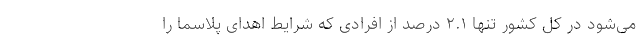
می‌شود در کل کشور تنها ۲.۱ درصد از افرادی که شرایط اهدای پلاسما را